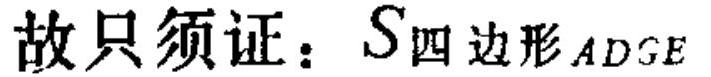
故只须证：$S_{四边形ADGE}$